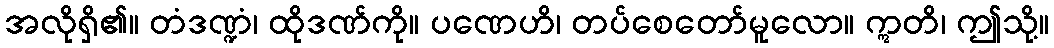
အလိုရှိ၏။ တံဒဏ္ဍံ၊ ထိုဒဏ်ကို။ ပဏေဟိ၊ တပ်စေတော်မူလော။ ဣတိ၊ ဤသို့။